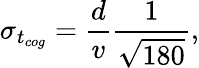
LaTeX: \sigma_{t_{cog}}=\frac{d}{v}\frac{1}{\sqrt{180}},